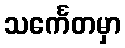
သင်္ကေတမှာ